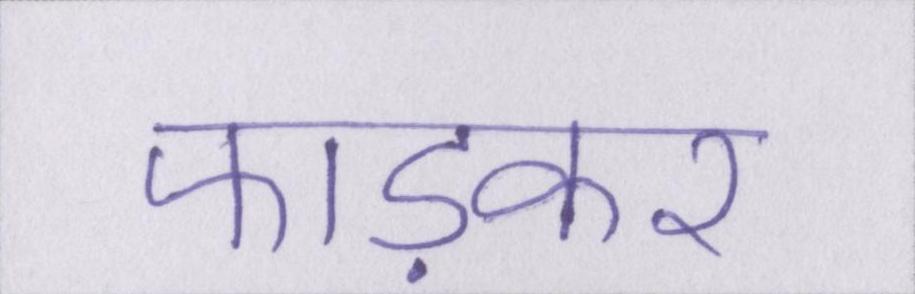
फाड़कर